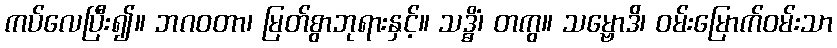
ကပ်လေပြီး၍။ ဘဂဝတာ၊ မြတ်စွာဘုရားနှင့်။ သဒ္ဓိံ၊ တကွ။ သမ္ဗောဒိ၊ ဝမ်းမြောက်ဝမ်းသာ